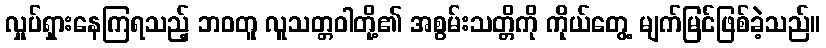
လှုပ်ရှားနေကြရသည့် ဘဝတူ လူသတ္တဝါတို့၏ အစွမ်းသတ္တိကို ကိုယ်တွေ့ မျက်မြင်ဖြစ်ခဲ့သည်။